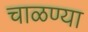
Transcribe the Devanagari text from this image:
चाळण्या